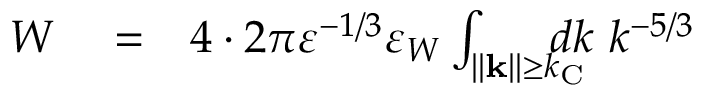
\begin{array} { r l r } { W } & { { } = } & { 4 \cdot 2 \pi \varepsilon ^ { - 1 / 3 } \varepsilon _ { W } \int _ { \| { \bf { k } } \| \ge k _ { \mathrm { { C } } } } \! \! \! \! \! \! d k \ k ^ { - 5 / 3 } } \end{array}